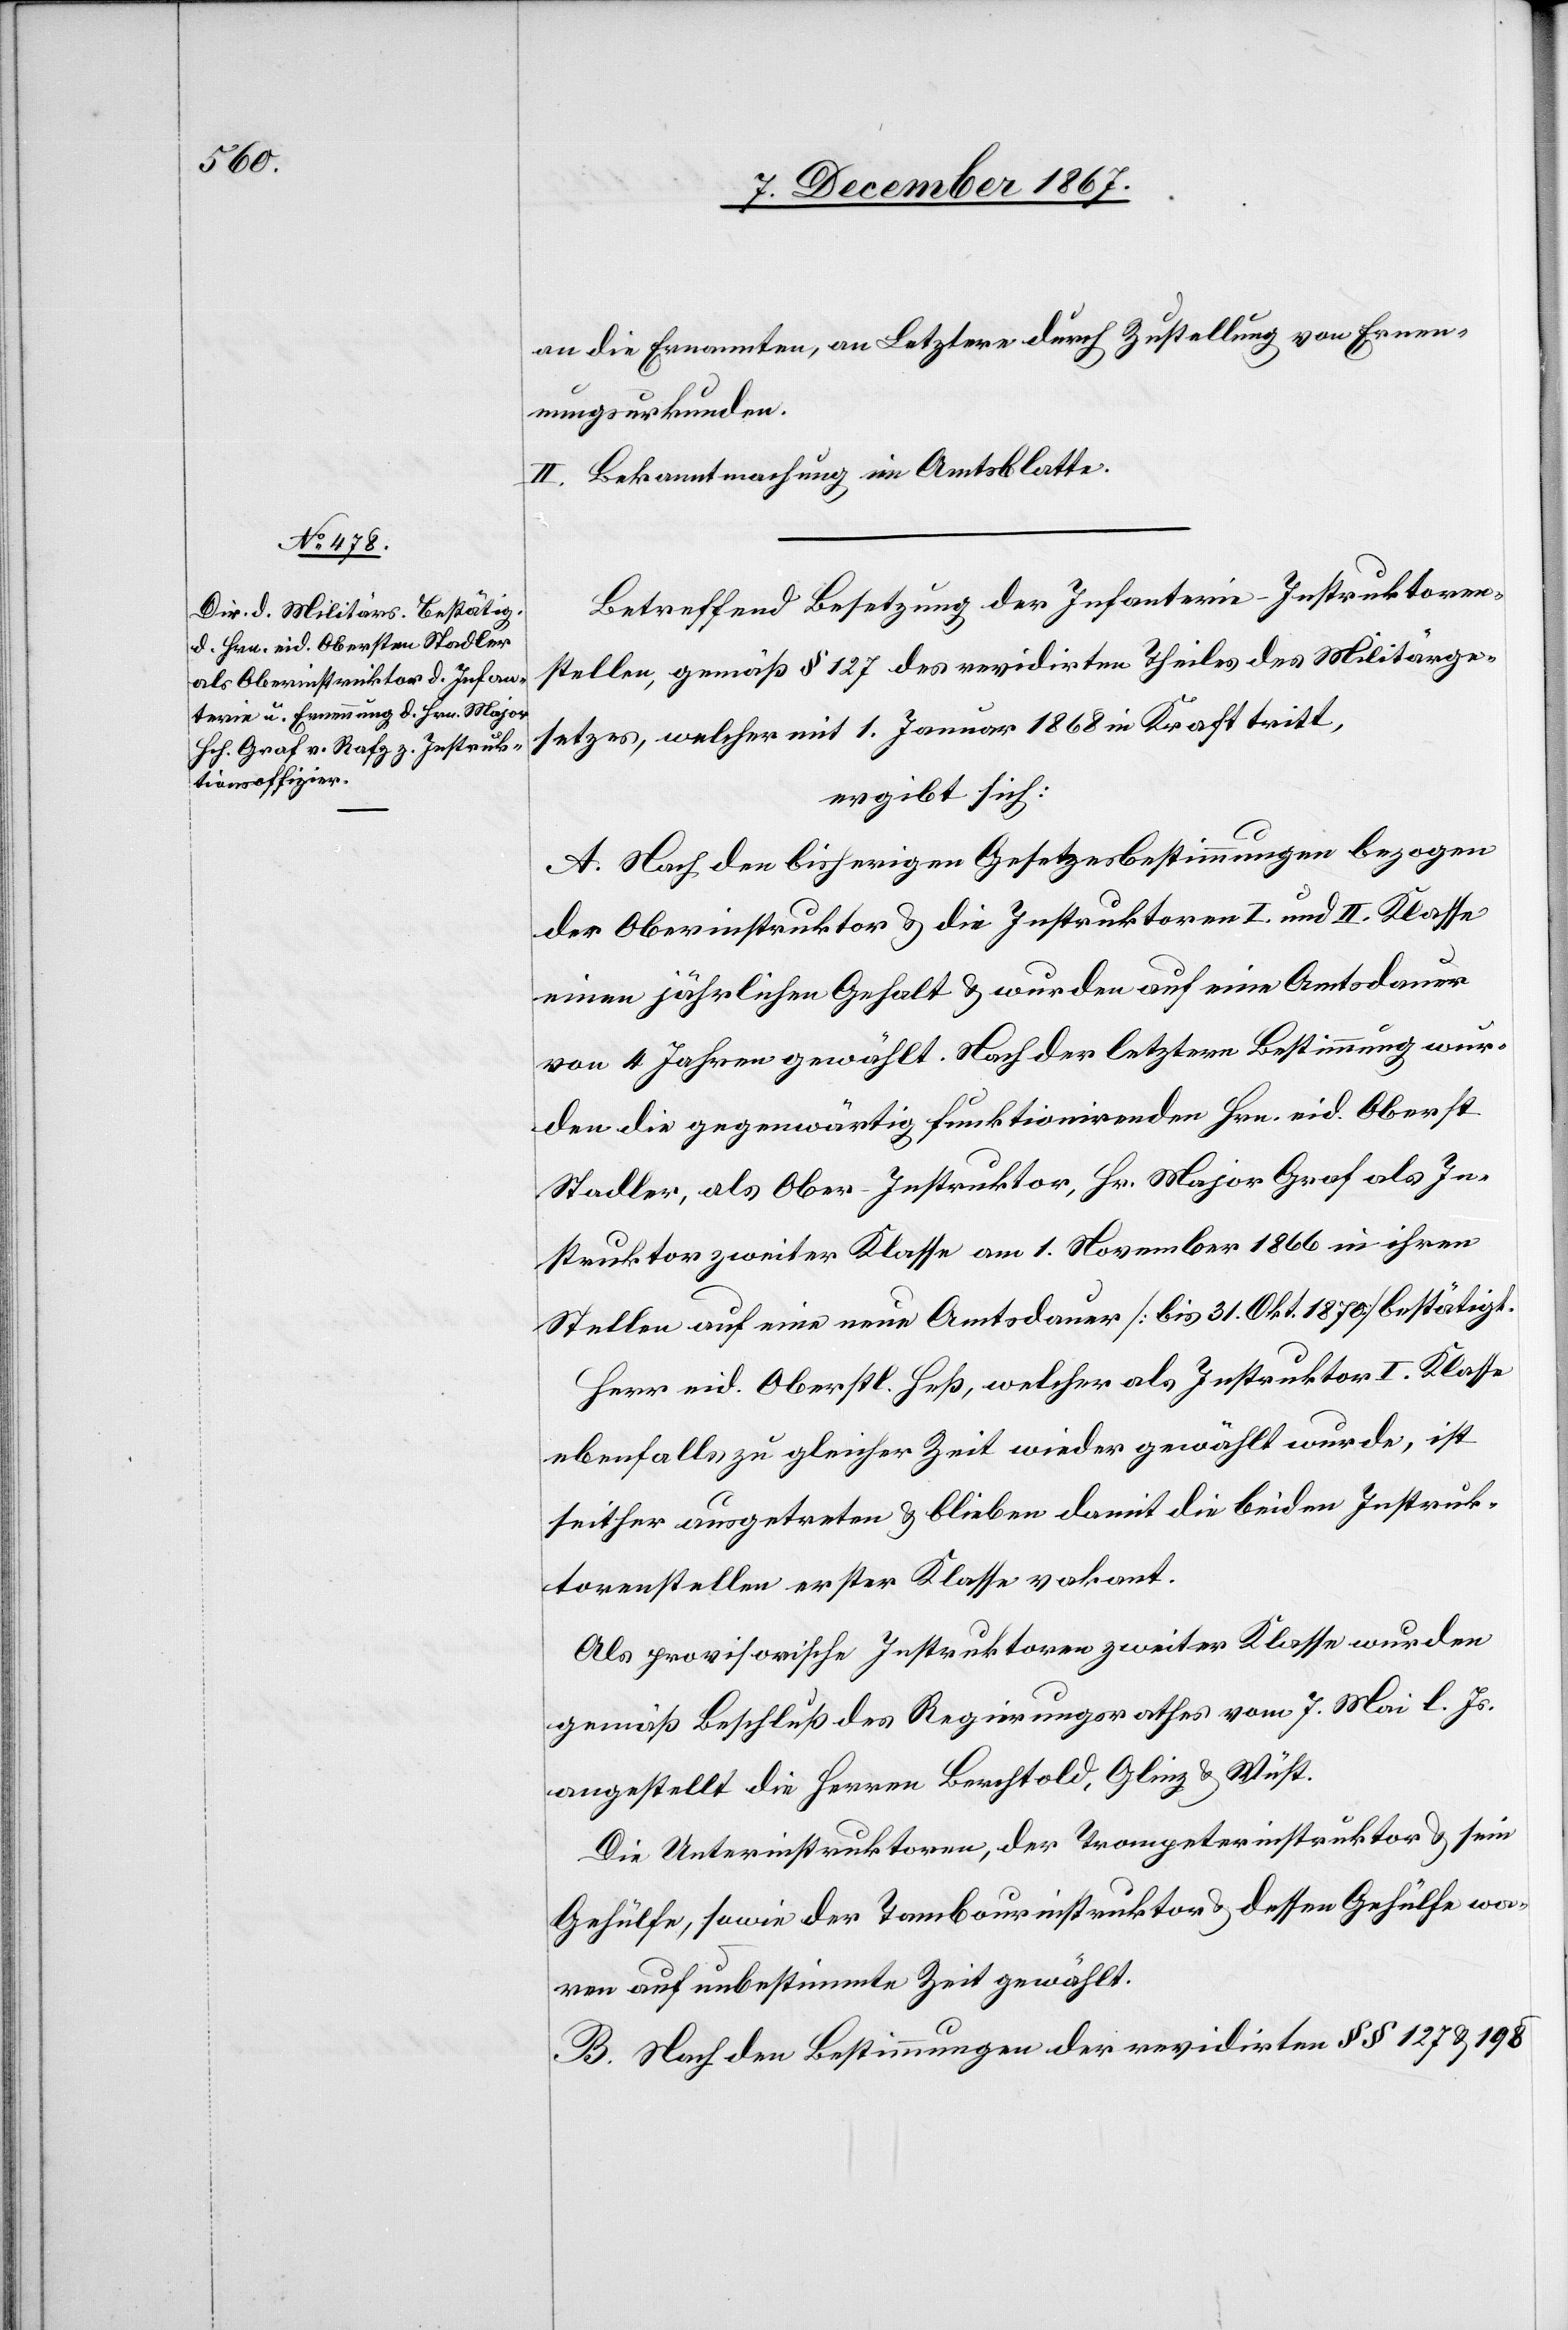
an die Ernannten, an Letztere durch Zustellung von Ernen¬
nungsurkunden.
II. Bekanntmachung im Amtsblatte.
Betreffend Besetzung der Infanterie-Instruktoren¬
stellen, gemäß § 127 des revidirten Theiles des Militärge¬
setzes, welcher mit 1. Jenner 1868 in Kraft tritt,
ergibt sich:
A. Nach den bisherigen Gesetzesbestimmungen bezogen
der Oberinstruktor u. die Instruktoren I. und II. Klasse
einen jährlichen Gehalt u. wurden auf eine Amtsdauer
von 4 Jahren gewählt. Nach der letztern Bestimmung wur¬
den die gegenwärtig funktionirenden Hrn. eid. Oberst
Stadler, als Ober-Instruktor, Hr. Major Grad als In¬
struktor zweiter Klasse am 1. November 1866 in ihren
Stellen auf eine neue Amtsdauer [bis 31. Okt. 1870] bestätigt.
Herr eid. Oberstl. Heß, welcher als Instruktor I. Klasse
ebenfalls zu gleicher Zeit wieder gewählt wurde, ist
seither ausgetreten u. blieben damit die beiden Instruk¬
torenstellen erster Klasse vakant.
Als provisorische Instruktoren zweiter Klasse wurden
gemäß Beschluß des Regierungsrathes vom 7. Mai l. Js.
angestellt die Herren Berchtold, Glinz u. Wüst.
Die Unterinstruktoren, der Trompeteninstruktor u. sein
Gehülfe, sowie der Tambourinstruktor u. dessen Gehülfe wa¬
ren auf unbestimmte Zeit gewählt.
B. Nach den Bestimmungen der revidirten § § 127 u. 198